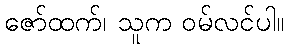
ဇော်ထက်၊ သူက ဝမ်လင်ပါ။